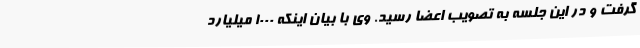
گرفت و در این جلسه به تصویب اعضا رسید. وی با بیان اینکه 1000 میلیارد